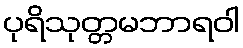
ပုရိသုတ္တမဘာရဝါ